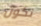
نكون